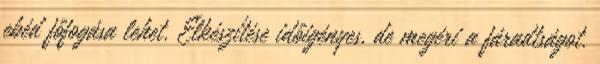
ebéd főfogása lehet. Elkészítése időigényes, de megéri a fáradtságot.